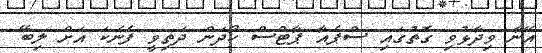
އޭނާ ވިދާޅުވި ގޮތުގައި ސްޕެއާ ޕާޓްސް ހޯދަން ދަތިވީ ފެނަކަ އަށް ލިބޭ